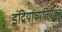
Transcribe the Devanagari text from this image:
इंद्रियांव्यतिरिक्त